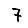
Digit: 7